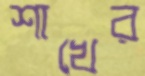
শাখের